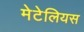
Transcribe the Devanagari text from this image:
मेटेलियस